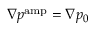
\nabla p ^ { \mathrm { a m p } } = \nabla p _ { 0 }